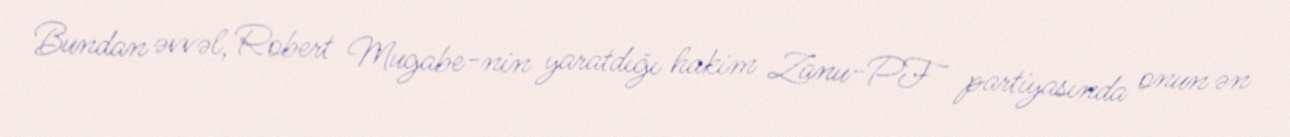
Bundan əvvəl, Robert Mugabe-nin yaratdığı hakim Zanu-PF partiyasında onun ən